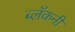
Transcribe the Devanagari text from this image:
ब्लॅकनी